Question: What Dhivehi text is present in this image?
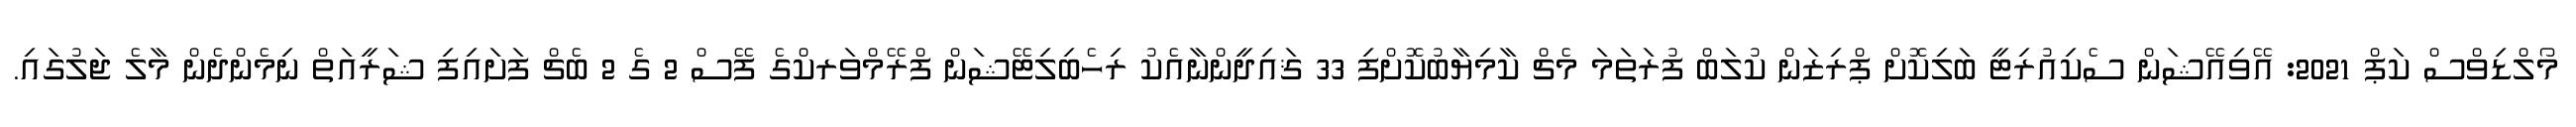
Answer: މޯލްޑިވްސް ކަޕް 2021: އޭވިއޭޝަން ސެކިއުރިޓީ ބަލިކޮށް ޕްރިޒަން ކުލަބް ފުރަތަމަ މެޗް ކާމިޔާބުކޮށްފި 33 ޤައިދީންނާއެކު ރިހެބިލިޓޭޝަން ފްރޭމްވަރކްގެ ފޭސް 2 ގެ 2 ބެޗް ފަށައިފި ޝަރީއަތް ނިމެންދެން މާލެ ޖަލުގައި.